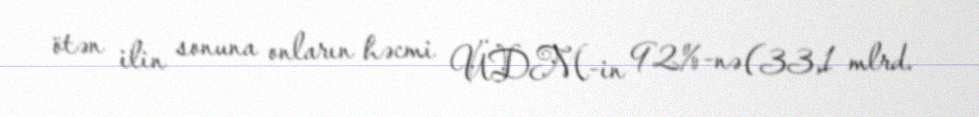
ötən ilin sonuna onların həcmi ÜDM-in 92%-nə (33,1 mlrd.